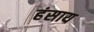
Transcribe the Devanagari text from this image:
हंसाय